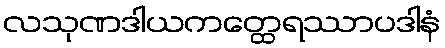
လသုဏဒါယကတ္ထေရဿာပဒါနံ